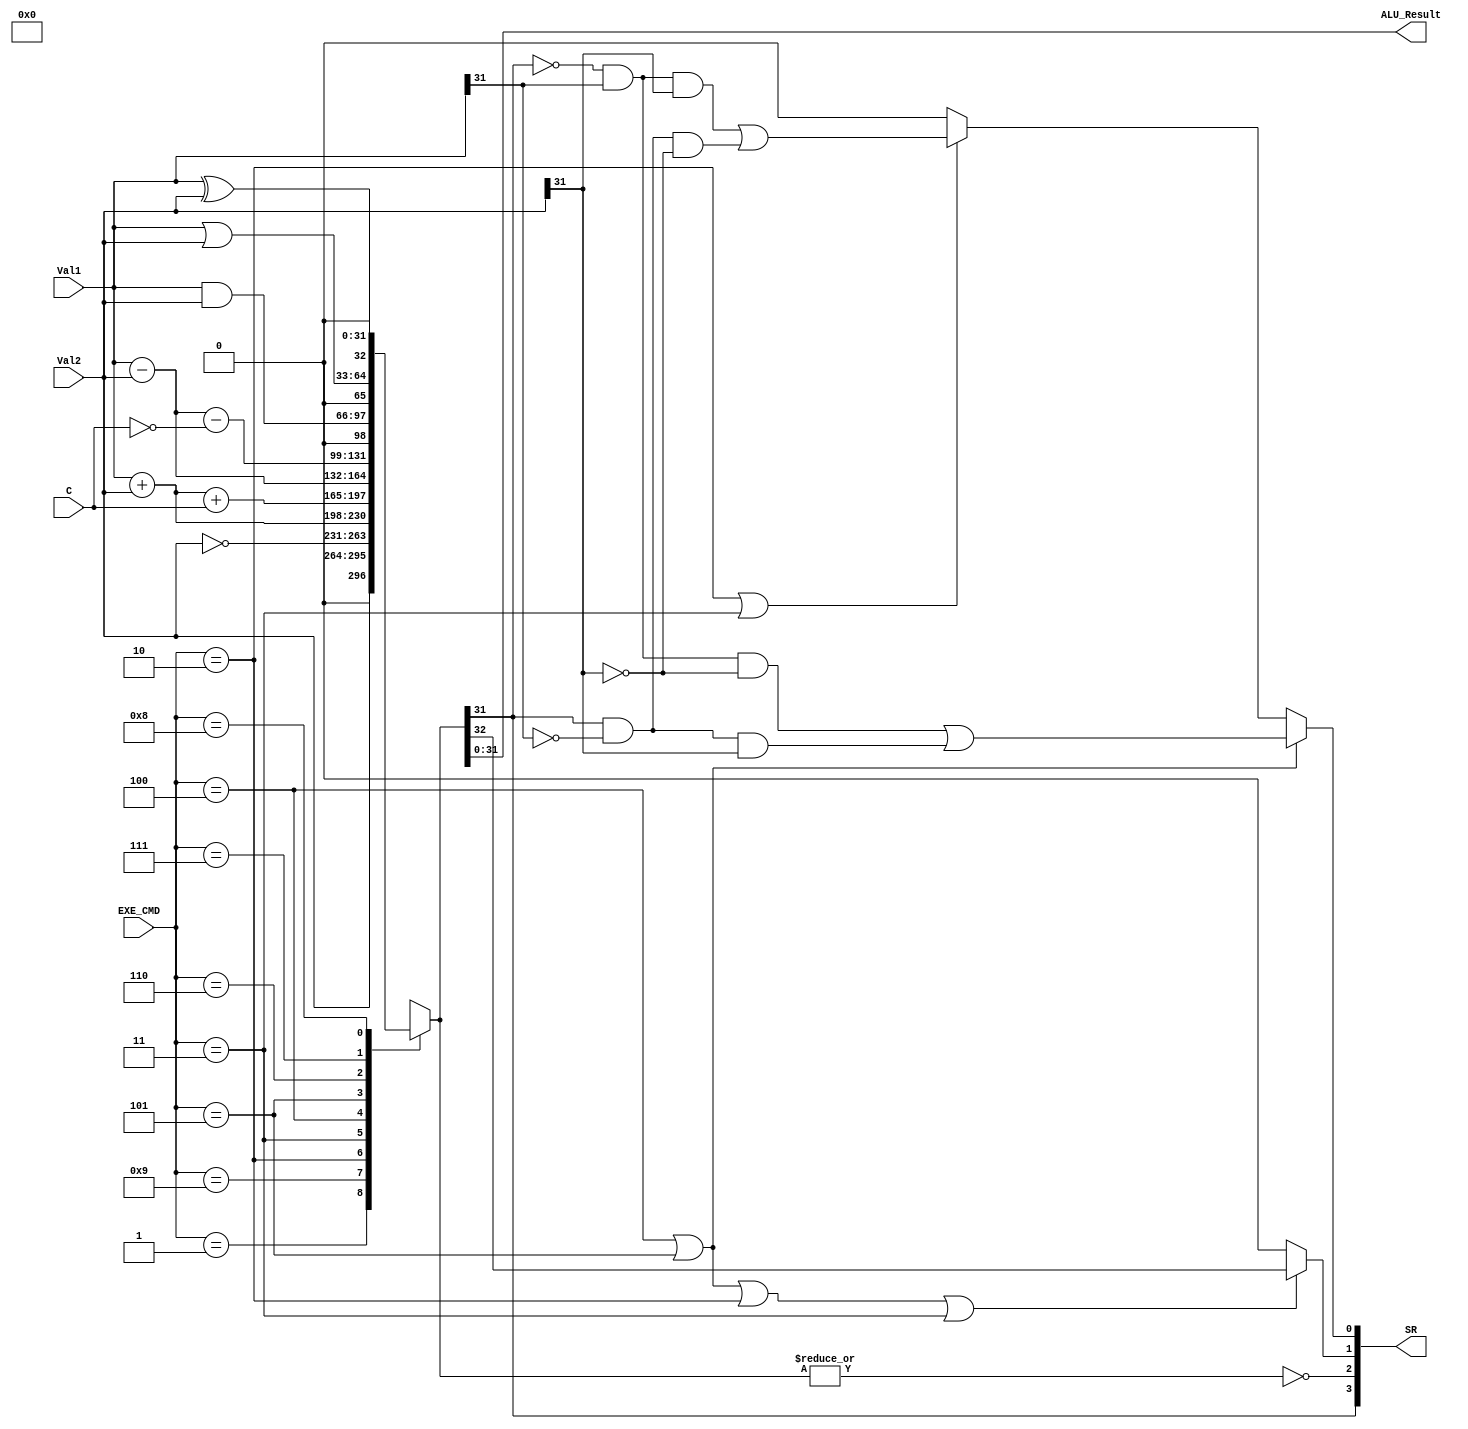
module ALU (
    input [3:0] EXE_CMD,
    input [31:0] Val1, Val2,
    input C,
    output [31:0] ALU_Result,
    output [3:0] SR
);
    reg [32:0] result;
    always @(EXE_CMD, Val1, Val2) begin
        case (EXE_CMD)
            4'b0001: result = Val2;
            4'b1001: result = ~Val2;
            4'b0010: result = Val1 + Val2;
            4'b0011: result = Val1 + Val2 + C;
            4'b0100: result = Val1 - Val2;
            4'b0101: result = Val1 - Val2 - {31'b0, ~C};
            4'b0110: result = Val1 & Val2;
            4'b0111: result = Val1 | Val2;
            4'b1000: result = Val1 ^ Val2;
            default: result = 4'bXXXX;
        endcase
    end
    assign SR[0] = (EXE_CMD == 4'b0100 || EXE_CMD == 4'b0101) ? 
    					(((~result[31])&Val1[31]&(~Val2[31])) | (result[31]&(~Val1[31])&Val2[31]))
    					: 
    		       		((EXE_CMD == 4'b0010 || EXE_CMD == 4'b0011) ? 
    		       			(((~result[31])&Val1[31]&Val2[31]) | (result[31]&(~Val1[31])&(~Val2[31])))
    		       			:
    		       			0);
    assign SR[1] = (EXE_CMD == 4'b0100 || EXE_CMD == 4'b0101 || EXE_CMD == 4'b0010 || EXE_CMD == 4'b0011) ? result[32] : 0;
    assign SR[2] = ~(|result);
    assign SR[3] = result[31];
    assign ALU_Result = result[31:0];
endmodule